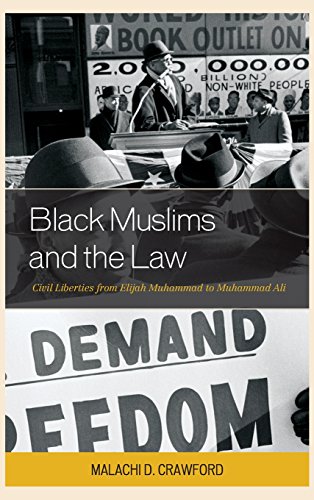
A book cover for Black Muslims and the Law: Civil Liberties from Elijah Muhammad to Muhammad Ali (Critical Africana Studies); Malachi D. Crawford; Religion & Spirituality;